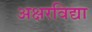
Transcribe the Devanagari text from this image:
अक्षरविद्या